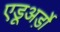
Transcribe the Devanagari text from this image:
एडूअर्ड़ो